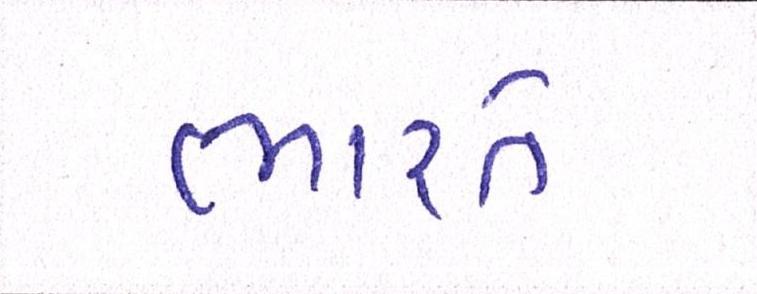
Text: ભારતે